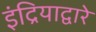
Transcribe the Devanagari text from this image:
इंद्रियाद्वारे